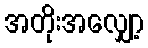
အတိုးအလျှော့